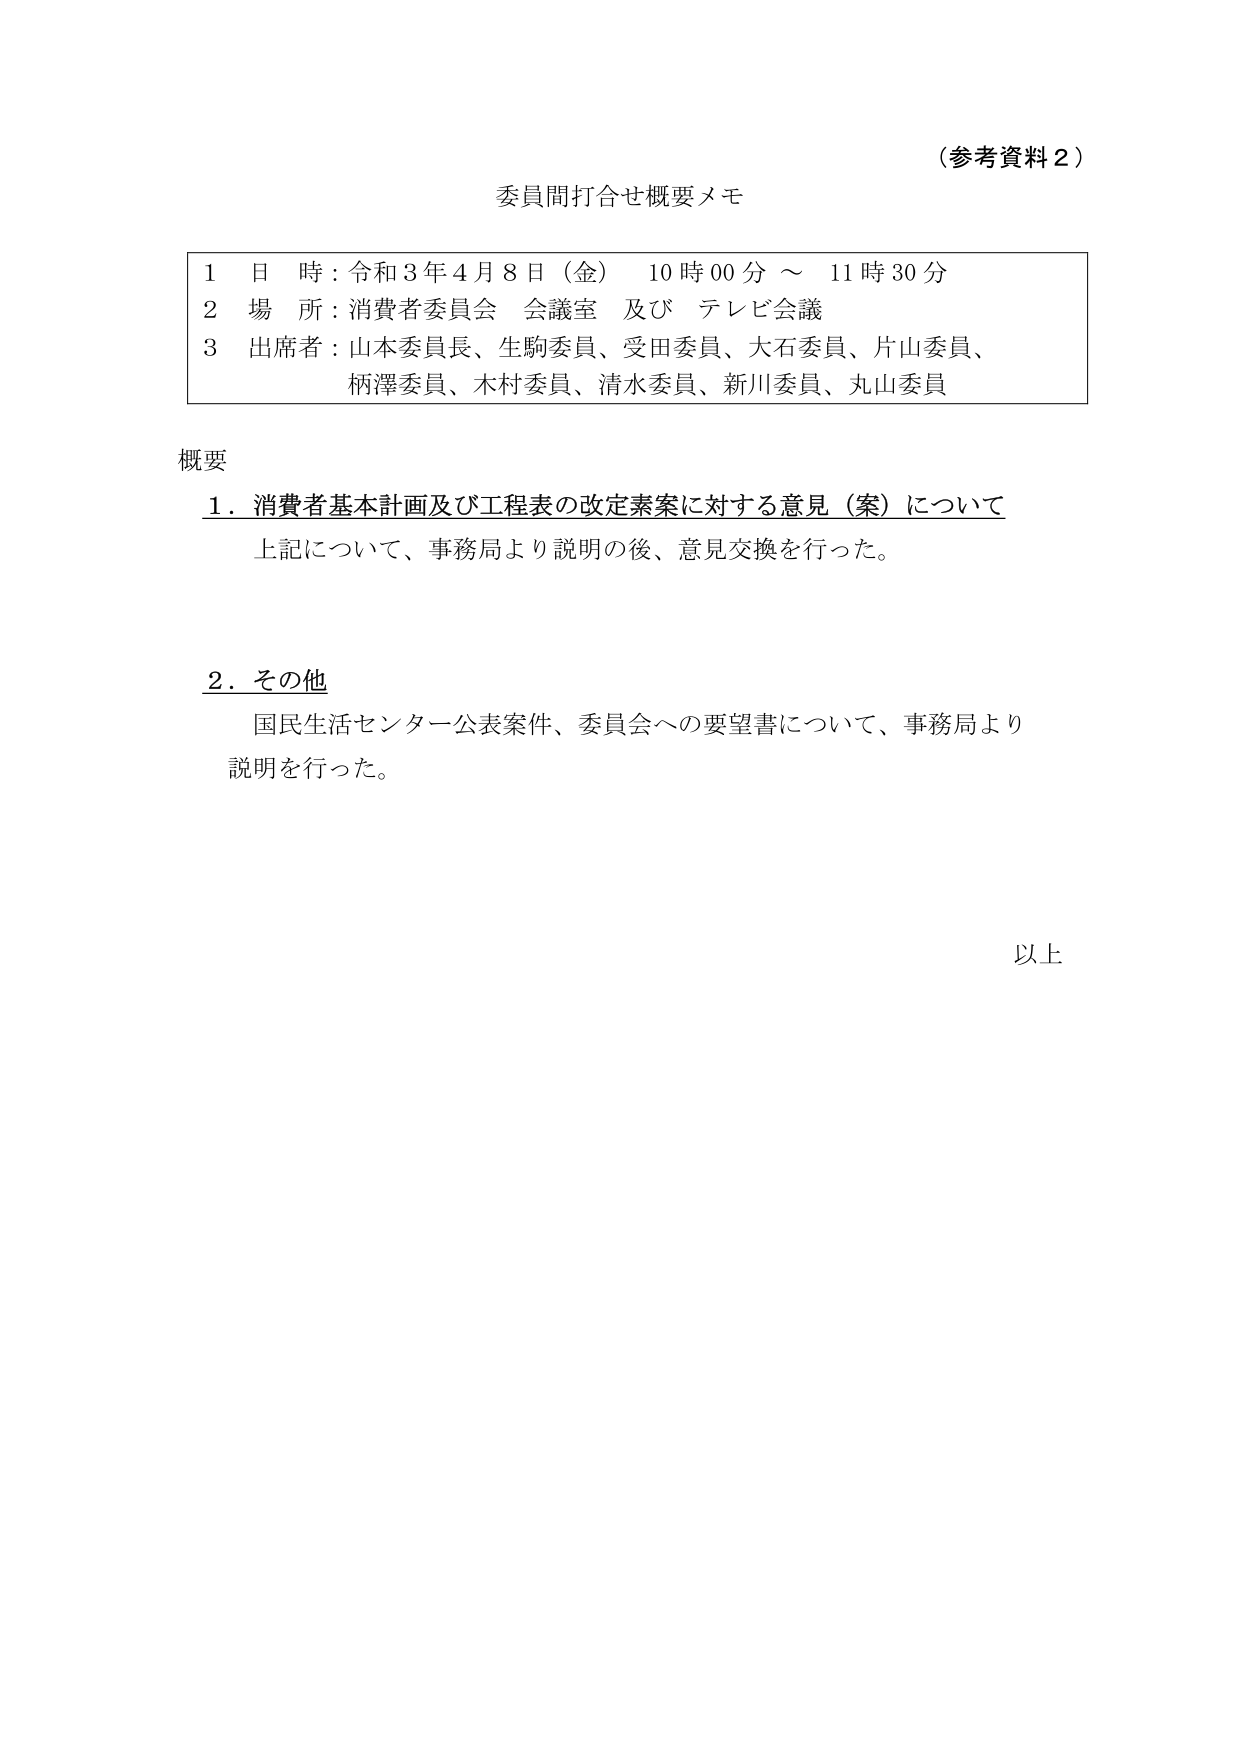
（参考資料２）

委員間打合せ概要メモ

1 日 時：令和３年４月８日（金） 10時00分 ～ 11時30分
2 場 所：消費者委員会 会議室 及び テレビ会議
3 出席者：山本委員長、生駒委員、受田委員、大石委員、片山委員、
　　　　柄澤委員、木村委員、清水委員、新川委員、丸山委員

概要

1．消費者基本計画及び工程表の改定素案に対する意見（案）について
　上記について、事務局より説明の後、意見交換を行った。

2．その他
　国民生活センター公表案件、委員会への要望書について、事務局より
　説明を行った。

以上